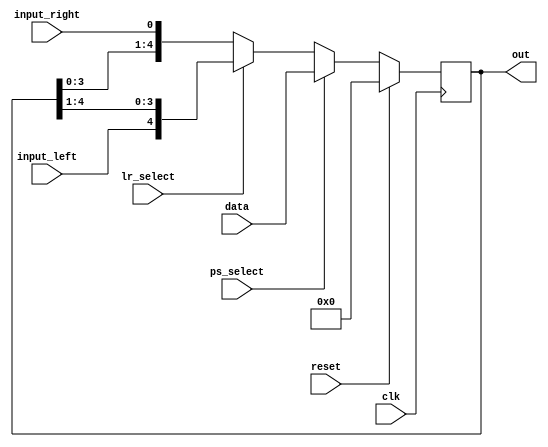
module Reg_Shift 
	#(parameter W = 5) (clk, reset, ps_select, lr_select, data, input_left, input_right, out);
	
	input wire clk,reset,ps_select, lr_select;
	input wire [W-1:0] data;
	input wire input_left, input_right;
	
	output reg [W-1:0] out;
	
	always @(posedge clk) begin
		if(reset==1) out<=0; //Synchronous reset
		else begin
			if(ps_select==1) begin
				out <= data; //If Parallel/Serial select=1 then load parallel data
			end
			else begin //Otherwise check for left/right shif signal
				if(lr_select == 1) begin //if lr=1 shift right
					out <= {input_left, out[W-1:1]};
				end
				else begin //lr=0 so shift left
					out <= {out[W-2:0],input_right};
				end
			end
		end
	end
endmodule